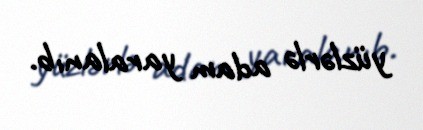
yüzlərlə adam yaralanıb.